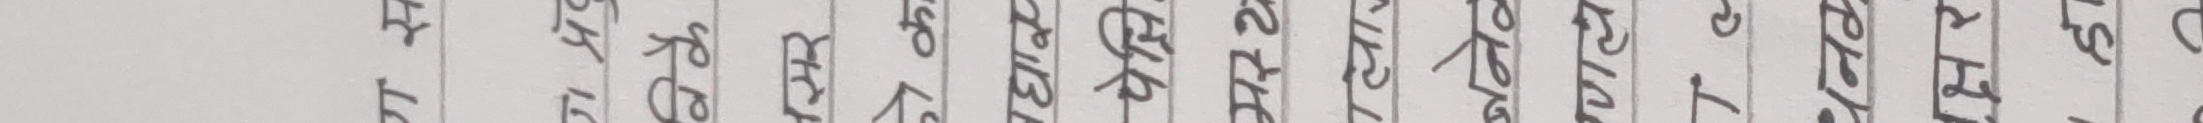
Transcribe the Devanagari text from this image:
ग स
ग प्र
वेकै
नसर
को क
धार
पेक्षि
मस्थ
ला
गणले
Ta
धनक
क्षर
हा